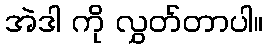
အဲဒါ ကို လွှတ်တာပါ။